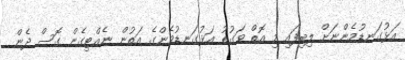
އަޅުގަނޑުމެންނަށް ލިބިފައި މި އޮތް ވަގުތު އަޅުގަނޑުމެންގެ އަތުން ނެއްޓިގެން ގޮސް ދެން